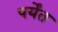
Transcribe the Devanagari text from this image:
पर्येंत